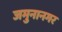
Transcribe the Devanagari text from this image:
जमुनानगर